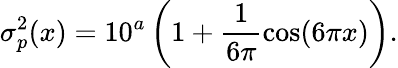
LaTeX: \sigma_{p}^{2}(x)=10^{a}\left(1+\frac{1}{6\pi}\cos(6\pi x)\right).